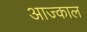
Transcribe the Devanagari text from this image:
आज्काल